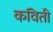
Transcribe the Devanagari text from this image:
कविती